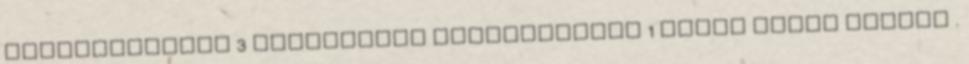
hozzáadásával 3 kávéskanál kamillavirág 1 liter meleg vízhez .